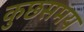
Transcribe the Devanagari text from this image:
कुछसमय